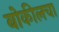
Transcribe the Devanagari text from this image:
बोकीलचा